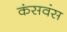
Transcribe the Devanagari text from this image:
कंसवंस